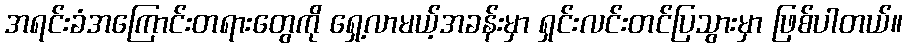
အရင်းခံအကြောင်းတရားတွေကို ရှေ့လာမယ့်အခန်းမှာ ရှင်းလင်းတင်ပြသွားမှာ ဖြစ်ပါတယ်။